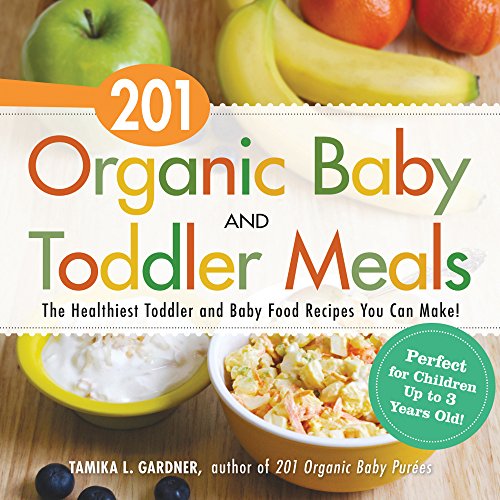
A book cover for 201 Organic Baby And Toddler Meals: The Healthiest Toddler and Baby Food Recipes You Can Make!; Tamika L. Gardner; Cookbooks, Food & Wine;